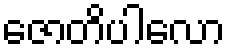
ဇောတိပါလော